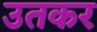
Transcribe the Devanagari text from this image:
उतकर